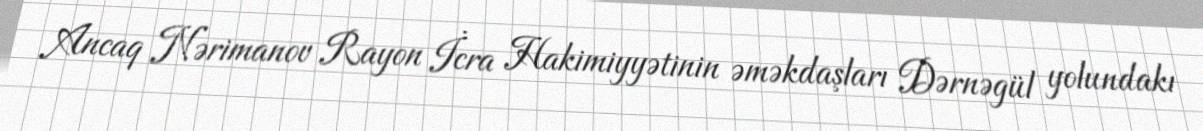
Ancaq Nərimanov Rayon İcra Hakimiyyətinin əməkdaşları Dərnəgül yolundakı